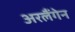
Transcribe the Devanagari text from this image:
अरलैंगेन